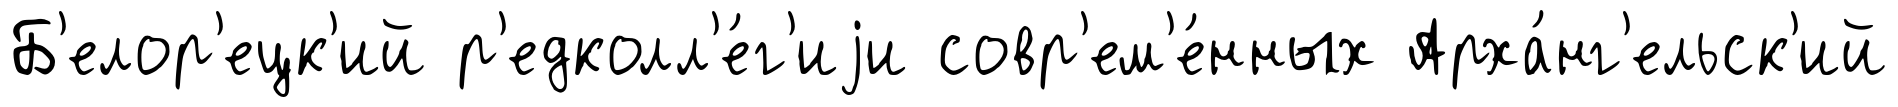
Б'елор'ецк'ий р'едколл'е́г'иjи совр'ем'е́нных Арха́нг'ельск'ий